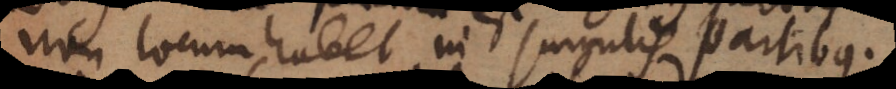
non locum habet in singulis partibus.